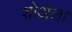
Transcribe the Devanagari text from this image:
शोअला